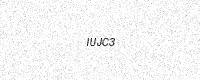
Text: IUJC3